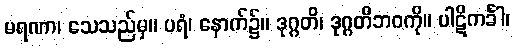
မရဏာ၊ သေသည်မှ။ ပရံ၊ နောက်၌။ ဒုဂ္ဂတိ၊ ဒုဂ္ဂတိဘဝကို။ ပါဋိကင်္ခါ၊